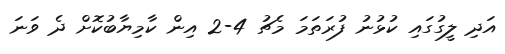
އަދި ލީގުގައި ކުޅުނު ފުރަތަމަ މެޗު 4-2 އިން ކާމިޔާބުކޮށް ދެ ވަނަ